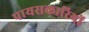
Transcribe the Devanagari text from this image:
पायसकारियों